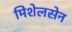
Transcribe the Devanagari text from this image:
मिशेलसेन